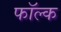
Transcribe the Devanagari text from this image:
फॉल्क